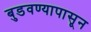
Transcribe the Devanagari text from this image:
बुडवण्यापासून